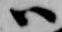
ハ